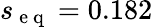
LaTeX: s_{\mathrm{~e~q~}}=0.182